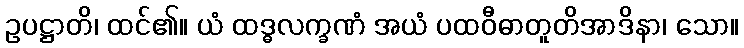
ဥပဋ္ဌာတိ၊ ထင်၏။ ယံ ထဒ္ဓလက္ခဏံ အယံ ပထဝီဓာတူတိအာဒိနာ၊ သော။